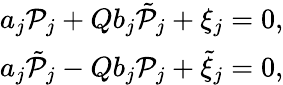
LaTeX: \begin{array}{r}{a_{j}\mathcal{P}_{j}+Qb_{j}\tilde{\mathcal{P}}_{j}+\xi_{j}=0,}\\ {a_{j}\tilde{\mathcal{P}}_{j}-Qb_{j}\mathcal{P}_{j}+\tilde{\xi}_{j}=0,}\end{array}